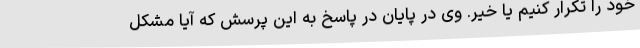
خود را تکرار کنیم یا خیر. وی در پایان در پاسخ به این پرسش که آیا مشکل